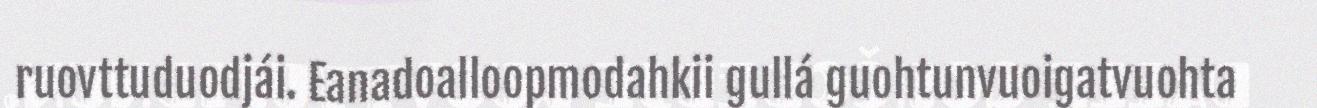
ruovttuduodjái. Eanadoalloopmodahkii gullá guohtunvuoigatvuohta